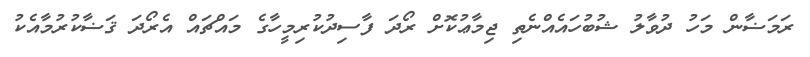
ރަމަޟާން މަހު ދުވާލު ޝުބުހައެއްނެތި ޖިމާޢުކޮށް ރޯދަ ފާސިދުކުރިމީހާގެ މައްޗައް އެރޯދަ ޤަޟާކުރުމާއެކު